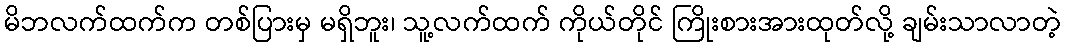
မိဘလက်ထက်က တစ်ပြားမှ မရှိဘူး၊ သူ့လက်ထက် ကိုယ်တိုင် ကြိုးစားအားထုတ်လို့ ချမ်းသာလာတဲ့